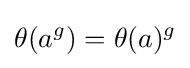
\theta (a^{g})=\theta (a)^{g}